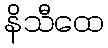
နိသီထေ